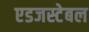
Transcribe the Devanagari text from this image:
एडजस्टेबल